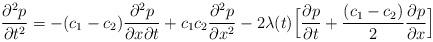
LaTeX: \begin{align*}\frac{\partial^2 p}{\partial t^2}= -(c_1-c_2) \frac{\partial^2 p}{\partial x\partial t} + c_1c_2\frac{\partial^2 p}{\partial x^2} -2\lambda(t)\Bigl[ \frac{\partial p}{\partial t} +\frac{(c_1-c_2)}{2} \frac{\partial p}{\partial x} \Bigr]\end{align*}